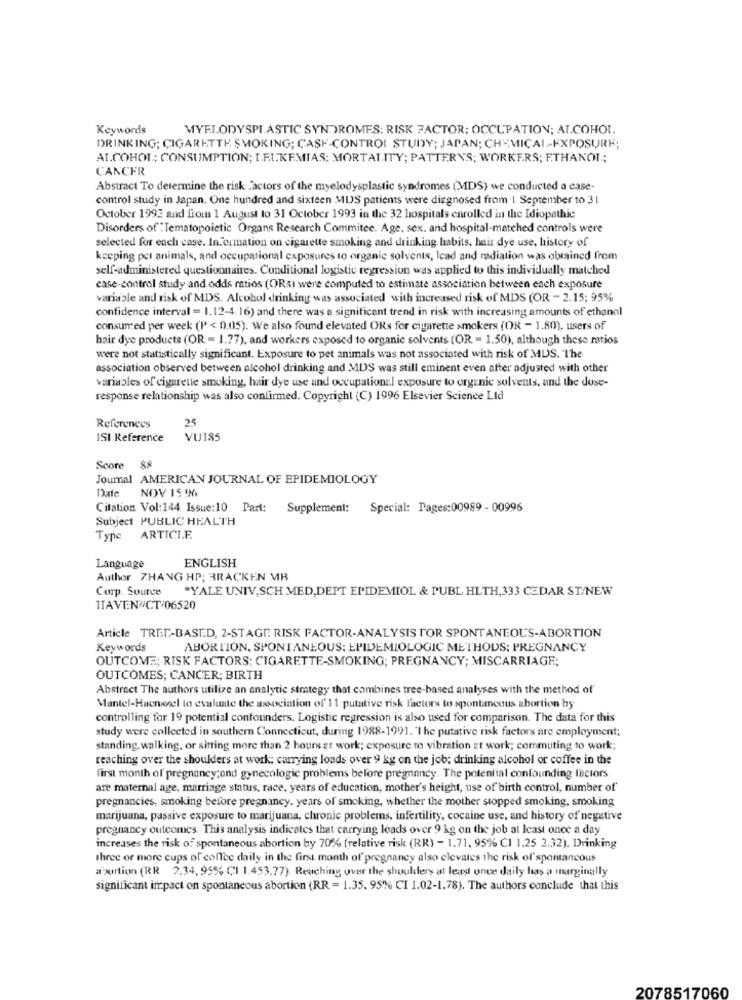
Keywords
MYELODYSPLASTIC SYNDROMES: RISK FACTOR; OCCUPATION; ALCOHOL.
DRINKING; CIGARETTE SMOKING; CASF-CONTROL STUDY; JAPAN; CHEMICAL -- EXPOSURE;
ALCOHOL; CONSUMPTION; T.F.I.KEMIAS: MORTALITY; PATTERNS; WORKERS; ETHANOL;
CANCER
Abstract To determine the risk Factors of the myelodysplastic syndromes (MDS) we conducted a case-
control study in Japan. One hundred and sixteen MUS patients were diagnosed from | September to 31
October 1992 and from 1 August to 31 October 1993 in the 32 hospitals enrolled in the Idiopathic
Disorders of "Tematopoietic Organs Research Commitee. Age, sex. and hospital-matched controls were
selected for each case. Information on cigarette smoking and drinking habits, hair dye use, history of
keeping per animals, and occupational exposures to organic solvents, lead and radiation was obtained from
self-administered questionnaires. Conditional logistic regression was applied to this individually matched
case-control study and odds ratios (ORs) were computed to estimate association between each exposure
variable and risk of MDS. Alcohol drinking was associated with increased risk of MDS (OR - 2.15; 95%
confidence interval = 1.12-4.16) and there was a significant trend in risk with increasing amounts of ethanol
consumed per week (P < 0.05). We also found elevated ORs for cigarette smokers (OR - 1.80), users of
hair dye products (OR - 1.77), and workers exposed to organic solvents (OR = 1.50), although these ratios
were not statistically significant. Exposure to pet animals was not associated with risk of MDS. The
association observed between alcohol drinking and MDS was still eminent even after adjusted with other
variables of cigarette smoking, hair dye use and occupational exposure to organic solvents, and the duse-
response relationship was also confirmed. Copyright (C) 1996 Elsevier Science Lid
25
References
ISI Reference
VU185
Score 88
Journal AMERICAN JOURNAL OF EPIDEMIOLOGY
NOV 15 96
Date
Citation Vol:144 Issue:10 Part: Supplement: Special: Pages:00989 - 00996
Subject PUBLIC HEALTH
Type ARTICLE.
Language
ENGLISH
Author ZHANG HP; BRACKEN MB
Corp. Source *YALE UNIV, SCH MED,DEPT EPIDEMIOL & PUBL HLTH,333 CEDAR ST/NEW
ITAVEN#CT:06520
Article TREE-BASED, 2-STAGE RISK FACTOR-ANALYSIS TOR SPONTANEOUS-ABORTION
Keywords
ABORTION, SPONTANEOUS: EPIDEMIOLOGIC METHODS; PREGNANCY
OUTCOME; RISK FACTORS; CIGARETTE-SMOKING; PREGNANCY; MISCARRIAGE;
OUTCOMES; CANCER; BIRTH
Abstract The authors utilize an analytic strategy that combines tree-based analyses with the method of
Mantel-Hacmienel to evaluate the association of' 11 putative risk factors to spontaneous abortion by
controlling for 19 potential confounders. Logistic regression is also used for comparison. The data for this
study were collected in southern Connecticut, during 1988-1991. 'I he putative risk factors are employment;
standing. walking, or sitting more than 2 hours zt work; exposure mo vibration zt work; commuting to work;
reaching over the shoulders at work; carrying loads over 9 kg on the job; drinking alcohol or coffee in the
First month of pregnancy;ond gynecologie problems before pregnancy. The potential confounding factors
are maternal age, marriage status, race, years of education, mother's height, use of birth control, number of
pregnancies, smoking before pregnancy. years of smoking, whether the mother stopped smoking, smoking
marijuana, passive exposure to marijuana, chronic problems, infertility, cocaine use, and history of negative
pregnancy outcomes. This analysis indicates that carrying leads over 9 kg on the job at least once a day
increases the risk of spontaneous abortion by 70% (relative risk (RR) - 1.71, 95% CI 1.25 2.32). Drinking
three or more cups of coffee daily in the first month of" pregnancy also elevates the risk of' spontancous
abortion (RR 2.34, 95% CI 1.453.77). Reaching over the shoulders at least once daily has a marginally
significant impact on spontaneous abortion (RR = 1.35. 95% CI 1.02-1.78). The authors conclude that this
2078517060